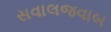
સવાલજવાબ